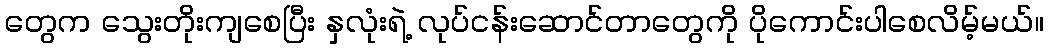
တွေက သွေးတိုးကျစေပြီး နှလုံးရဲ့ လုပ်ငန်းဆောင်တာတွေကို ပိုကောင်းပါစေလိမ့်မယ်။